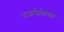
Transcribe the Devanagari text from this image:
उर्जास्रोताच्या